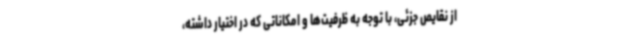
از نقایص جزئی، با توجه به ظرفیت‌ها و امکاناتی که در اختیار داشته،